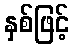
နှစ်ဖြင့်